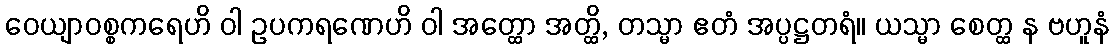
ဝေယျာဝစ္စကရေဟိ ဝါ ဥပကရဏေဟိ ဝါ အတ္ထော အတ္ထိ, တသ္မာ ဧတံ အပ္ပဋ္ဌတရံ။ ယသ္မာ စေတ္ထ န ဗဟူနံ